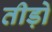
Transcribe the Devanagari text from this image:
तीड़ो